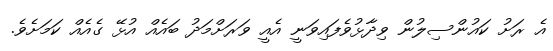
އެ ރަށު ކައުންސިލުން ވިދާޅުވެފައިވަނީ އެއީ ވަރަށްމަދު ބައެއް އުޅޭ ގެއެއް ކަމަށެވެ.